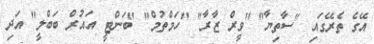
އޭގެ ތެރޭގައި "ސާތިޔާ" "ވީރް ޒާރާ" "ހަމްތުމް" "ބަންޓީ އައުރް ބަބްލީ" އަދި